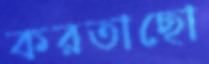
করতাছো